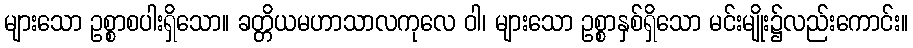
များသော ဥစ္စာစပါးရှိသော။ ခတ္တိယမဟာသာလကုလေ ဝါ၊ များသော ဥစ္စာနှစ်ရှိသော မင်းမျိုး၌လည်းကောင်း။